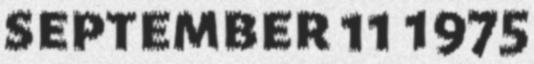
september 11 1975